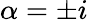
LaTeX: \alpha=\pm i